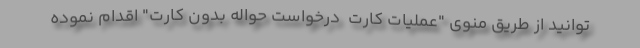
توانید از طریق منوی "عملیات کارت  درخواست حواله بدون کارت" اقدام نموده